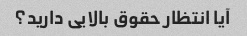
آیا انتظار حقوق بالایی دارید؟